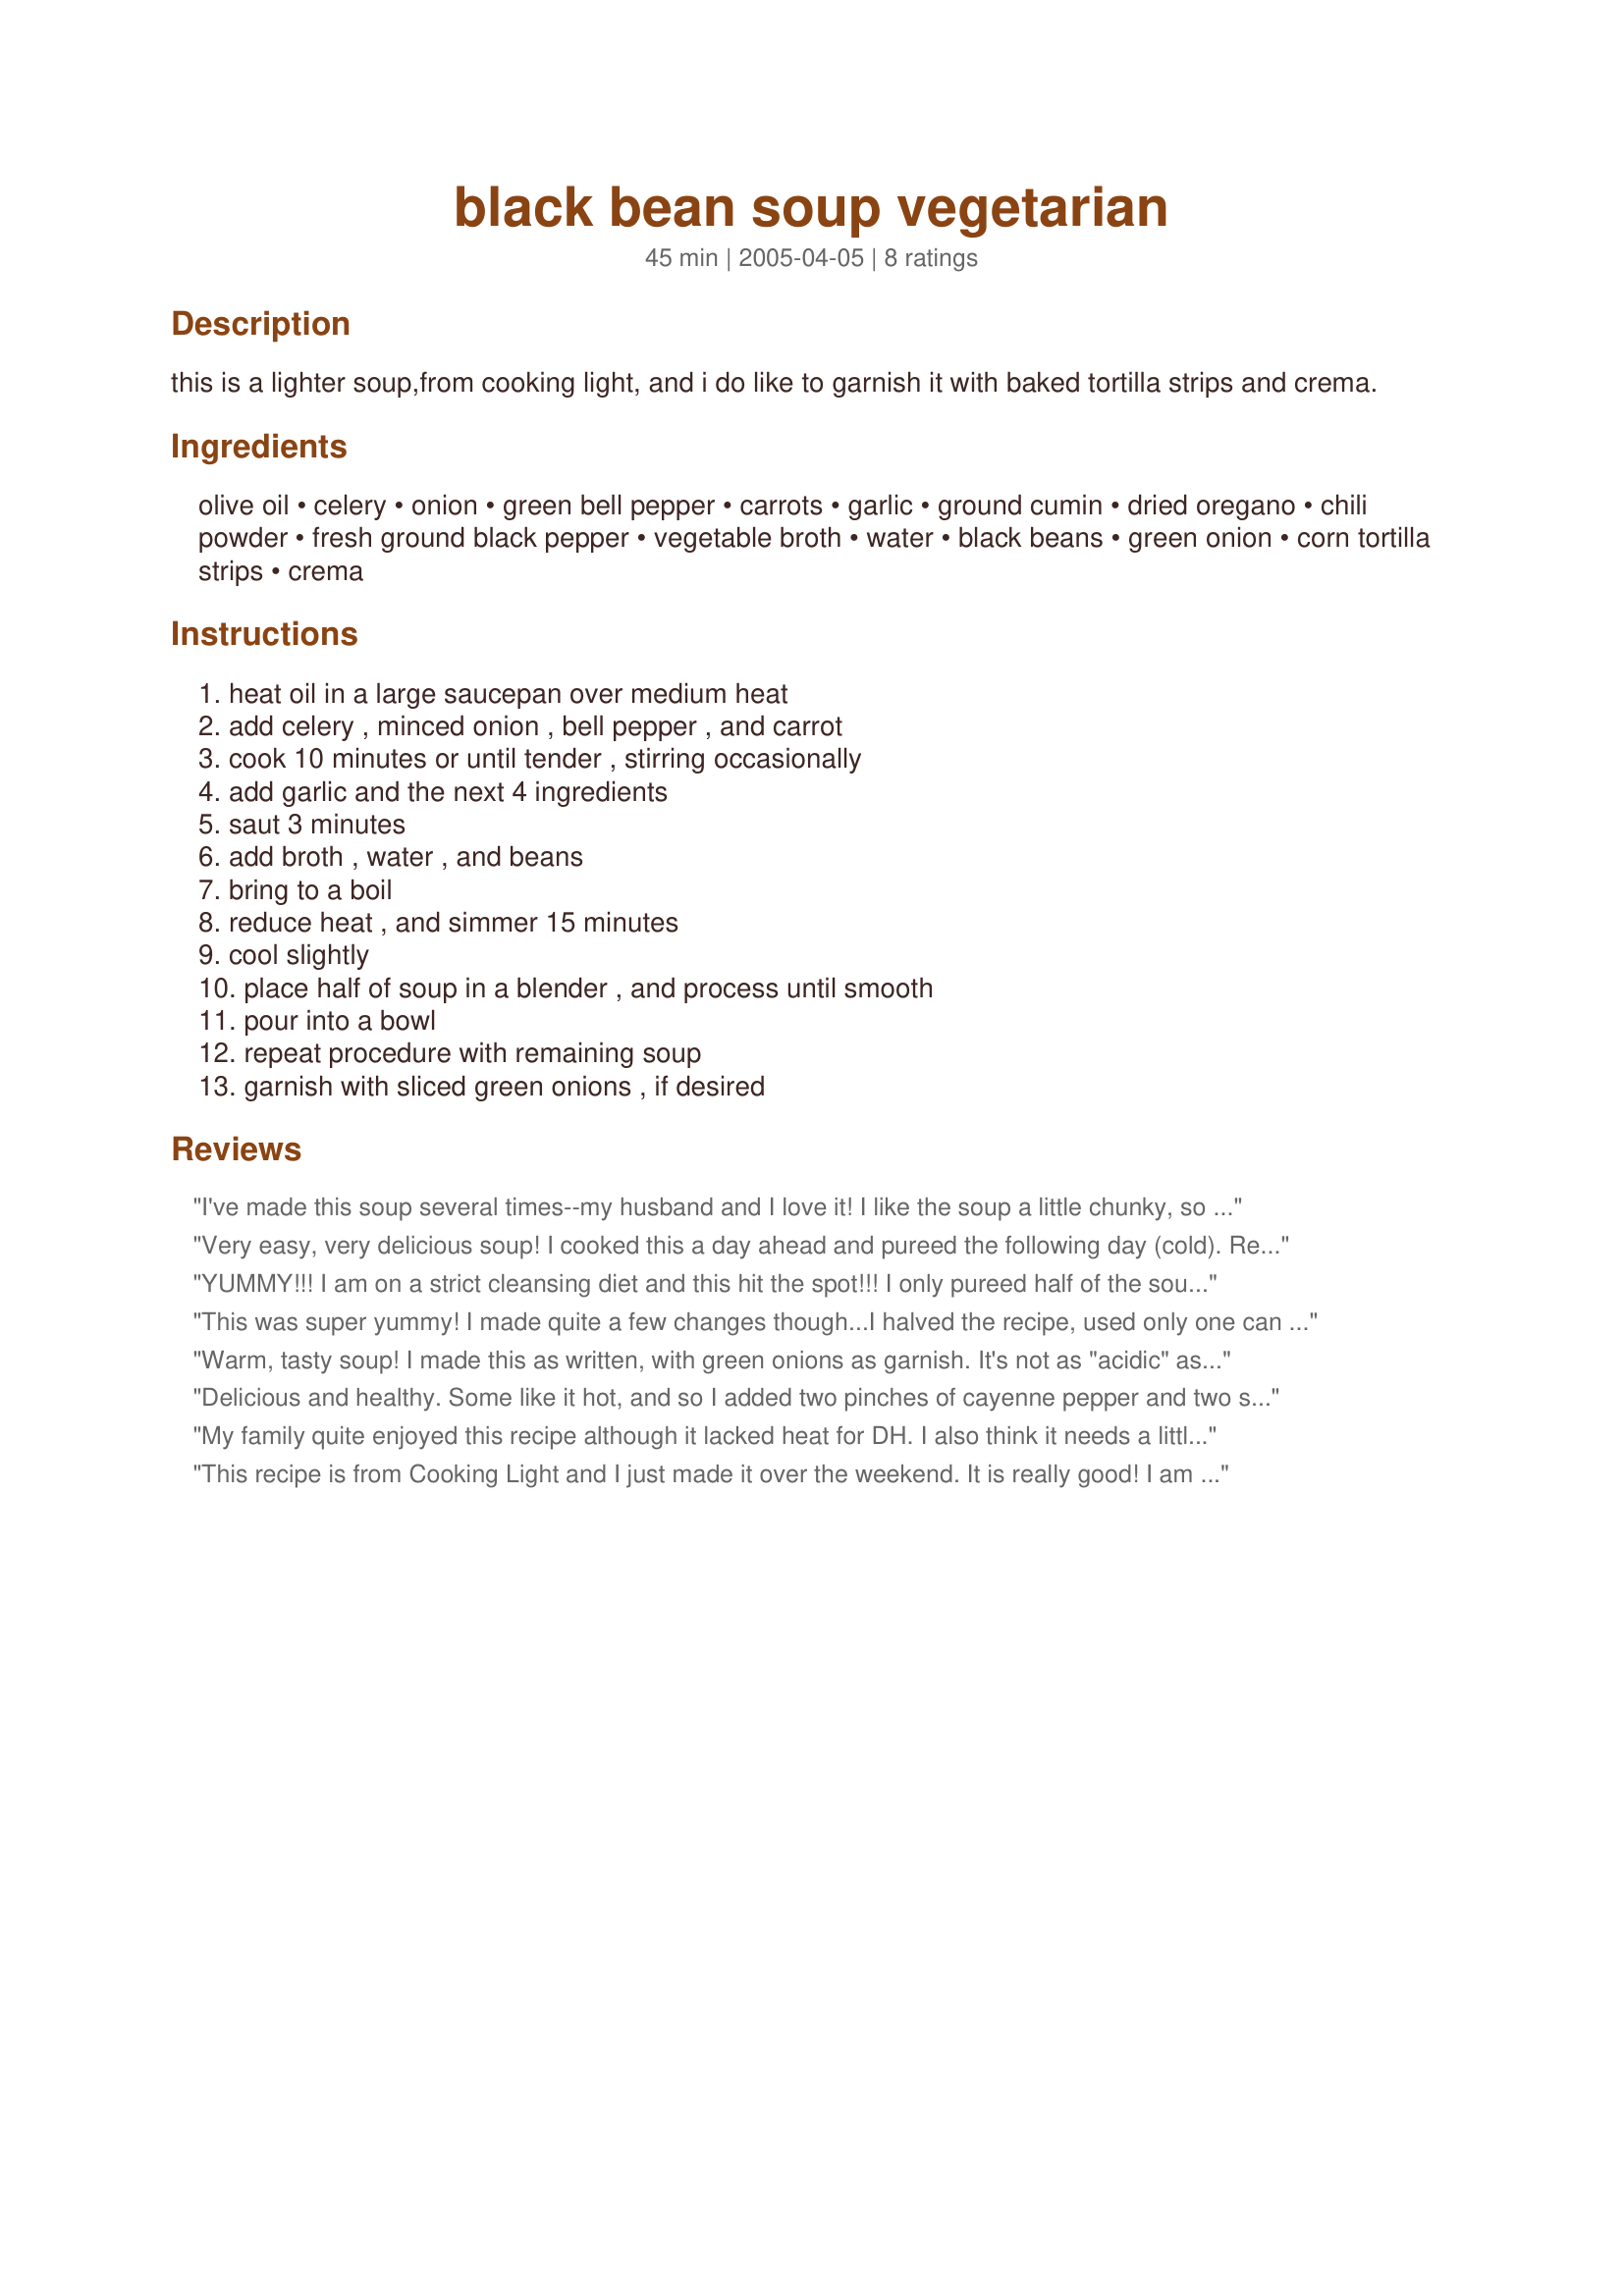
black bean soup vegetarian
Preparation time: 45 minutes

this is a lighter soup,from cooking light, and i do like to garnish it with baked tortilla strips and crema.

Ingredients:
olive oil, celery, onion, green bell pepper, carrots, garlic, ground cumin, dried oregano, chili powder, fresh ground black pepper, vegetable broth, water, black beans, green onion, corn tortilla strips, crema

Steps:
heat oil in a large saucepan over medium heat, add celery , minced onion , bell pepper , and carrot, cook 10 minutes or until tender , stirring occasionally, add garlic and the next 4 ingredients, saut 3 minutes, add broth , water , and beans, bring to a boil, reduce heat , and simmer 15 minutes, cool slightly, place half of soup in a blender , and process until smooth, pour into a bowl, repeat procedure with remaining soup, garnish with sliced green onions , if desired

Reviews:
I've made this soup several times--my husband and I love it! I like the soup a little chunky, so I don't keep it in the blender for too long. It's also good topped with cilantro. Thanks for sharing!
Very easy, very delicious soup! I cooked this a day ahead and pureed the following day (cold). Reheated some for lunch today and it was excellent! I left out the celery (eww) and added a chopped jalapeno (will add more next time). Served with sour cream and cheddar cheese. Thanks soooo much for posting chia! Yum!
YUMMY!!! I am on a strict cleansing diet and this hit the spot!!! I only pureed half of the soup because I like the texture of whole beans in my soup. Otherwise followed the recipe and it was great! Making a double batch tonight!
This was super yummy! I made quite a few changes though...I halved the recipe, used only one can of black beans, left out the carrots, added cayenne pepper and added a dash of liquid smoke. 

I only pureed about 3/4 of the soup to leave it a little chunky. 

I topped it off with sour cream and a lotttt of crushed tortilla chips. 

Thanks for posting!
Warm, tasty soup! I made this as written, with green onions as garnish. It's not as "acidic" as the black bean soups with tomatoes, but it still has ample spiciness. Bonus for being lowfat and healthy! Woo-Hoo! Thanx for a yummy soup!
Delicious and healthy.

Some like it hot, and so I added two pinches of cayenne pepper and two squirts of tabasco.

I used an immersion blender to blend the soup. It's a handheld "stick" of a blender that you submerge in the soup and blend it. Faster and easier to cleanup than a blender. I use soups like this one to rationalize the purchase!
My family quite enjoyed this recipe although it lacked heat for DH. I also think it needs a little something to kick it up and I'm not a huge fan of extra spicy food. I added extra celery, onions, and carrots since I was chopping anyway. Unfortunately I don't have access to a blender right now, so I couldn't process the soup. While still tasty, I would definitely blend next time. It didn't make a huge pot like I was expecting, but it was nice not to have to eat it for days and days. Served with brown rice. . .delicious and nutritious!
This recipe is from Cooking Light and I just made it over the weekend. It is really good! I am actually having it for lunch today!
